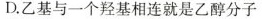
D.乙基与一个羟基相连就是乙醇分子